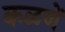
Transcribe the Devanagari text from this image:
कळणें